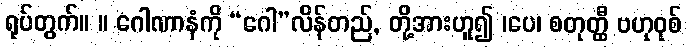
ရုပ်တွက်။ ။ ဂေါဏာနံကို “ဂေါ”လိန်တည်, တို့အားဟူ၍ ၊ပေ၊ စတုတ္ထီ ဗဟုဝုစ်